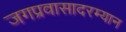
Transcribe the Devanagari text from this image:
जगप्रवासादरम्यान